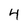
Character: 4